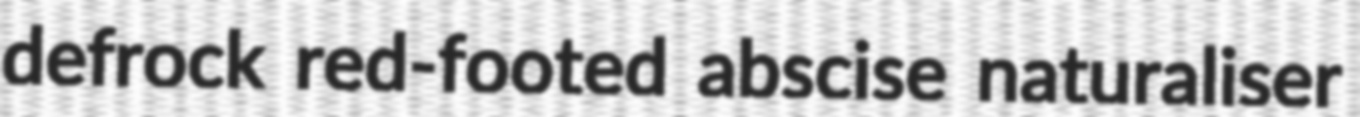
defrock red-footed abscise naturaliser